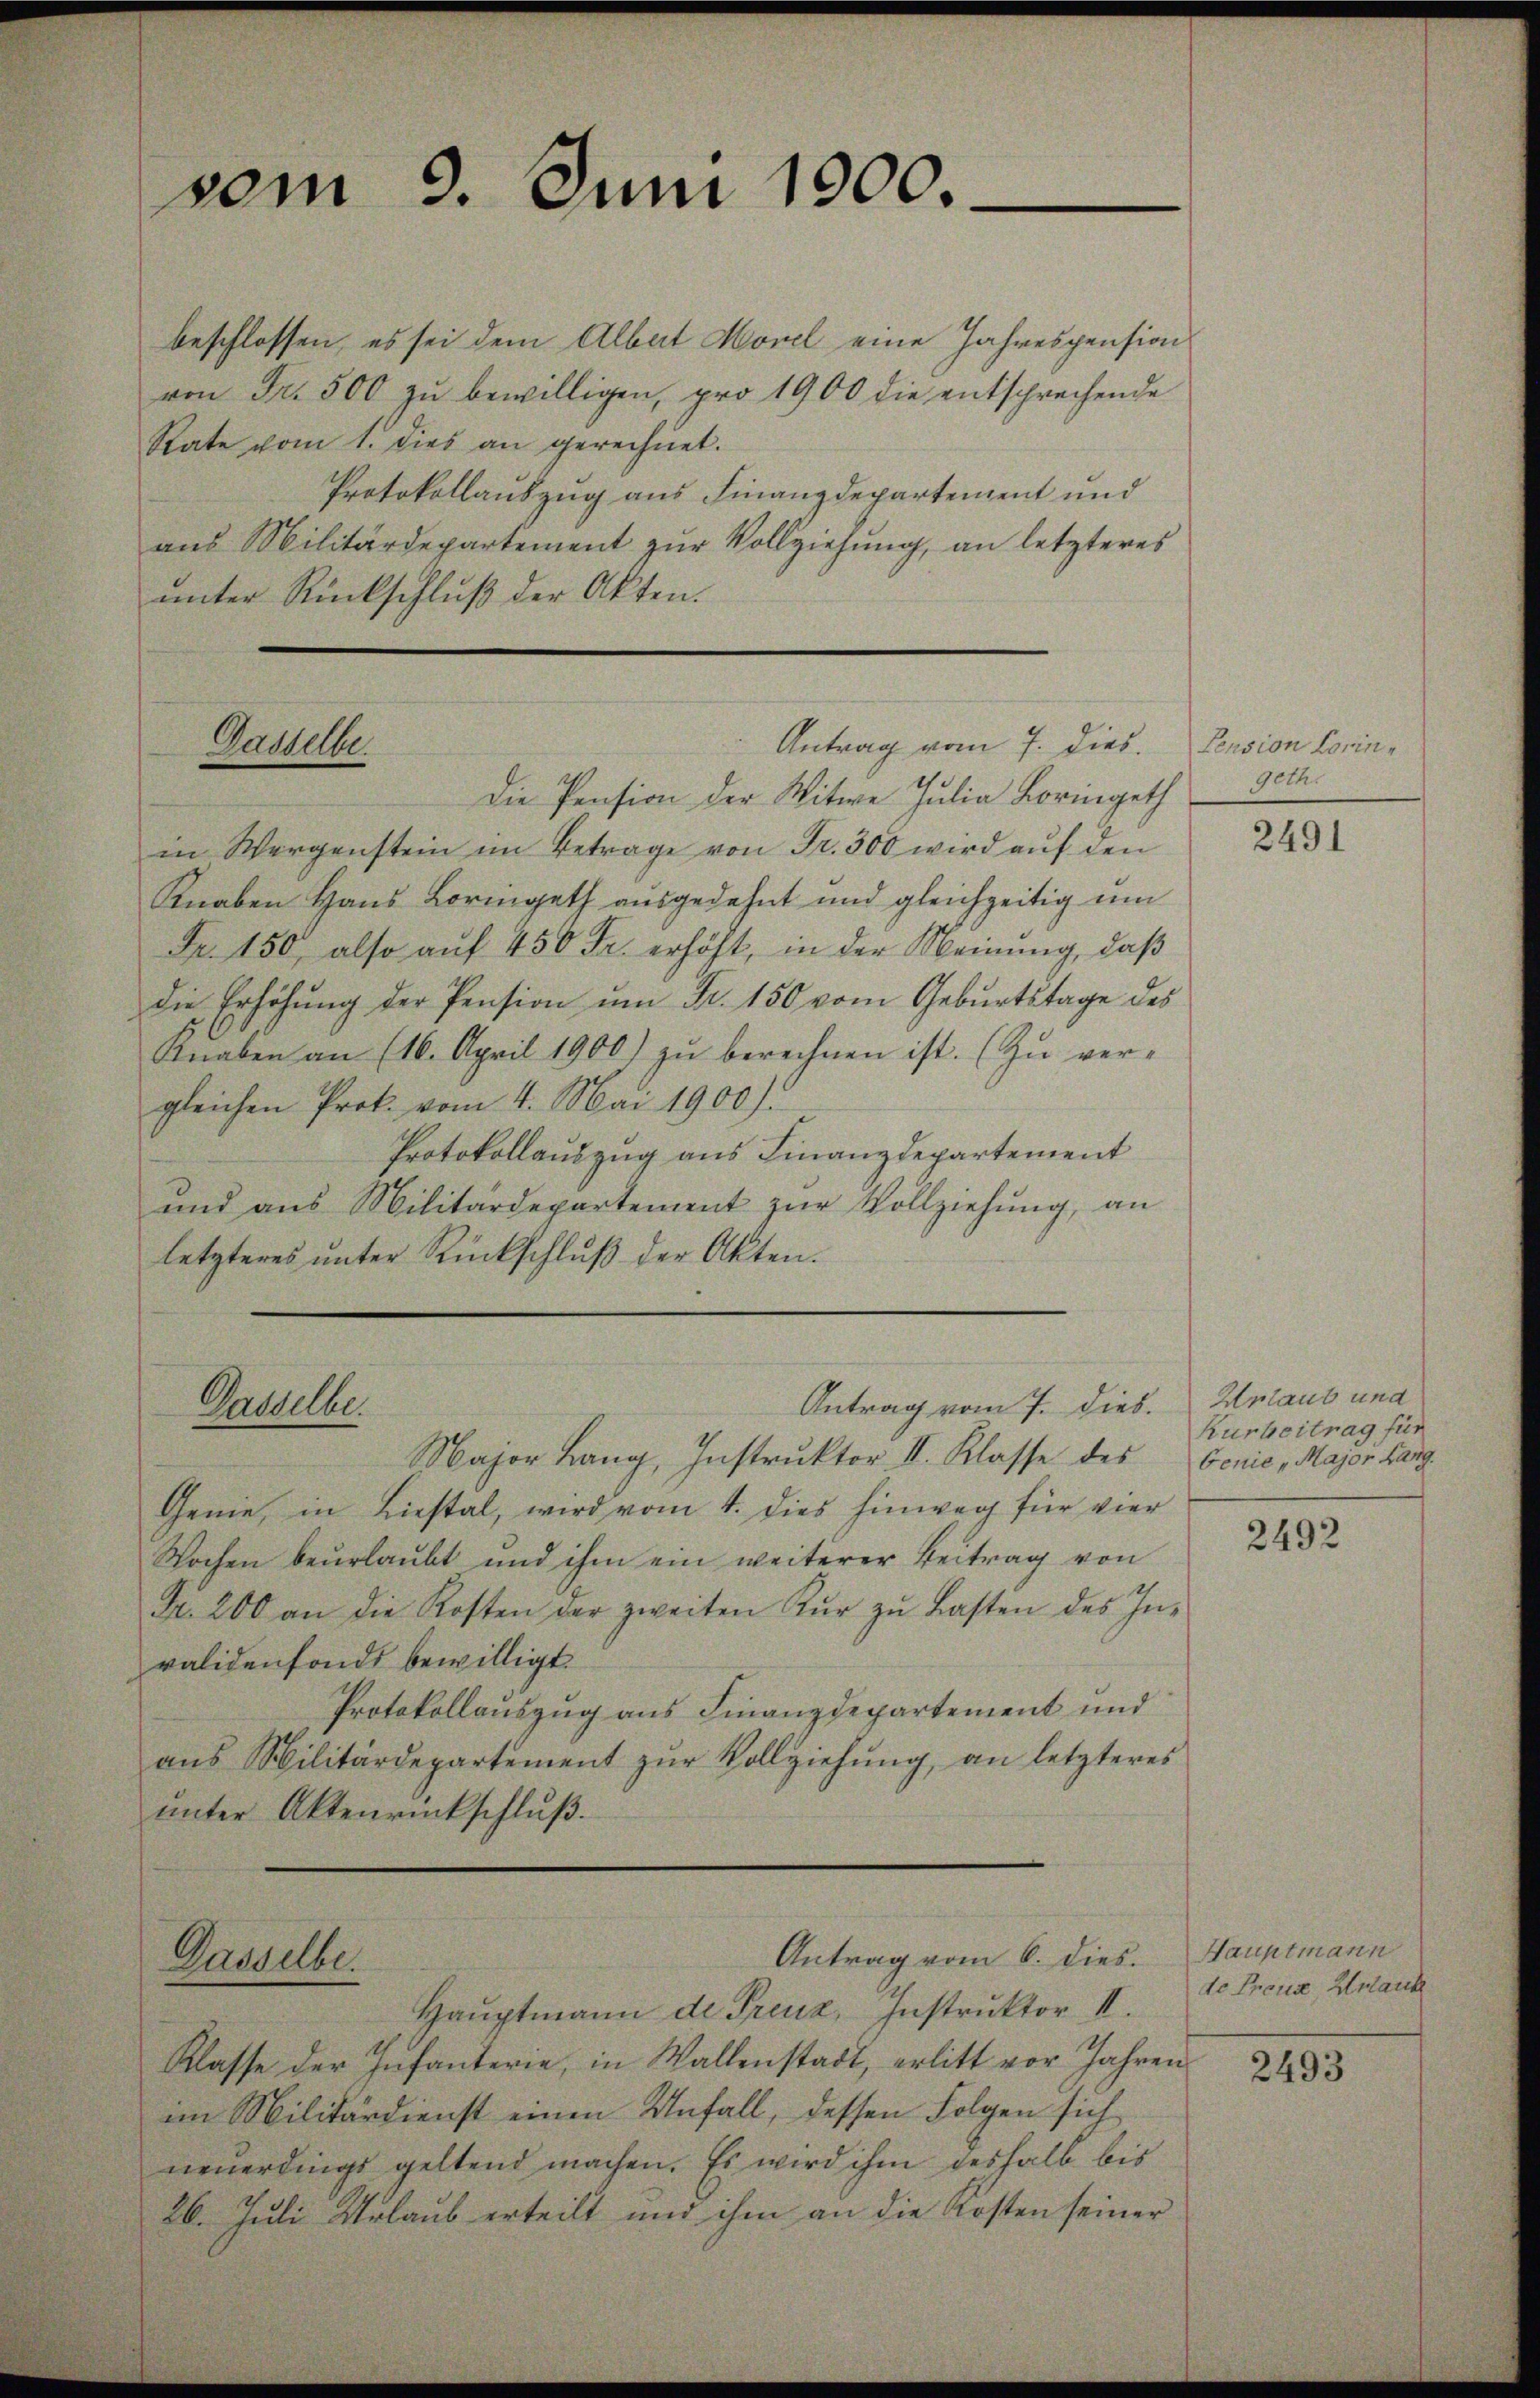
som

beschlossen, es sei dem Albat Morel eine Jahrespension
von Fr. 500 zŭ bewilligen, pro 1900 die entsprechende
Rate vom 1. dies an gerechnet.
Protokollauszug aus Finanzdepartement und
aus Militärdepartement zur Vollziehung, an letzteres
ŭnter Rückschlŭβ der Akten.

Dasselbe.

Ganelle

Dasselbe.

3. Juni 1900.

Antrag vom 7. dies. Pension Korin¬

Antrag vom 7. dies.

Die Pension der Witwe Julia Loringeth
in Wergenstein im Betrage von Fr. 300 wird auf den
Knaben Haus Lormgeth ausgedehnt und gleichzeitig um
Fr. 150, also auf 450 Fr. erhöht, in der Meinung, daß
die Erhöhŭng der Pension ŭm Fr. 150 vom Geburtstage des
Knaben an (16. April 1900) zu berechnen ist. (Zu ver-
gleichen Prok. vom 4. Mai 1900).
Protokollauszug aus Finanzdepartement
und aus Militärdepartement zŭr Vollziehŭng, an
letzteres unter Rückschluß der Akten.

Antrag vom 6. dies.

Major Lang, Instruktor II. Klasse des Genie, Major Hang
Genie, in Liestal, wird vom 4. dies hinweg für vier
Wochen beurlaubt und ihm ein weiterer Beitrag von
Fr. 200 an die Kosten der zweiten Kŭr zŭ Lasten des In-
validenfonds bewilligt.
Protokollauszug aus Finanzdepartement und
aŭs Militärdepartement zŭr Vollziehŭng an letzteres
ŭnter Aktenrückschlŭβ.

Haŭptmann de Treuz, Instruktor II.
Klasse der Infanterie, in Wallenstadt, erlitt vor Jahren
im Militärdienst einen Unfall, dessen Folgen sich
neuerdings geltend machen. Es wird ihm deshalb bis
26. Juli Urlaub erteilt und ihm an die Kosten seiner

geth.

2491

Urlaub und
Kurbeitrag für

2492

Hauptmann
de Freuz, Urlaube

2493